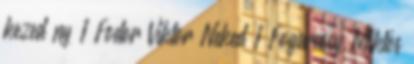
kezed ny 1 Fodor Viktor Neked 1 Fogarassy Miklós